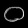
Digit: ၀